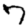
Digit: 7